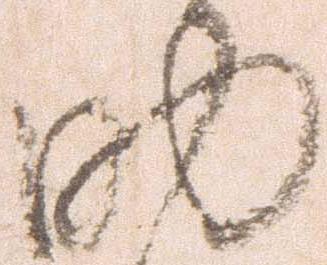
助